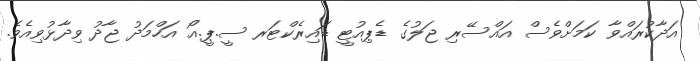
އަދާކުރައްވާ ކަމަށްވެސް އައްސޭރި ޖަލުގެ ޑެޕިއުޓީ ޑައިރެކްޓަރ ސީ.ޕީ.އޯ އަހްމަދު ޖާދު ވިދާޅުވިއެވެ.